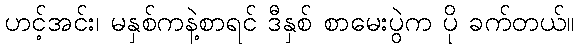
ဟင့်အင်း၊ မနှစ်ကနဲ့စာရင် ဒီနှစ် စာမေးပွဲက ပို ခက်တယ်။